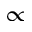
\propto